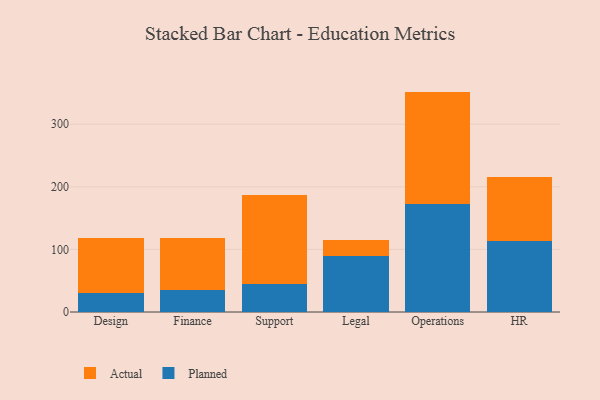
{"axis": {"x": "Department", "y": "Shipments"}, "legend": ["Actual", "Planned"], "data": [{"x": "Design", "y": 31.0, "type": "Planned"}, {"x": "Design", "y": 86.7, "type": "Actual"}, {"x": "Finance", "y": 35.6, "type": "Planned"}, {"x": "Finance", "y": 82.6, "type": "Actual"}, {"x": "Support", "y": 44.9, "type": "Planned"}, {"x": "Support", "y": 141.8, "type": "Actual"}, {"x": "Legal", "y": 89.7, "type": "Planned"}, {"x": "Legal", "y": 26.0, "type": "Actual"}, {"x": "Operations", "y": 172.3, "type": "Planned"}, {"x": "Operations", "y": 179.8, "type": "Actual"}, {"x": "HR", "y": 113.2, "type": "Planned"}, {"x": "HR", "y": 101.7, "type": "Actual"}]}